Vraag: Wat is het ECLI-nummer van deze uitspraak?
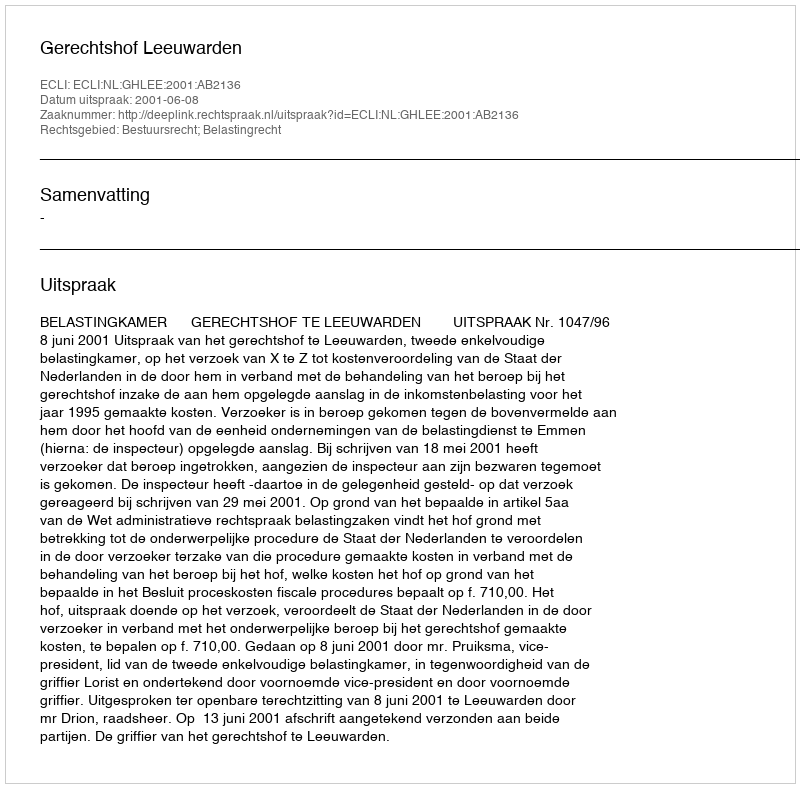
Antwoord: ECLI:NL:GHLEE:2001:AB2136